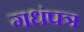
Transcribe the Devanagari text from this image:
गधंपत्र